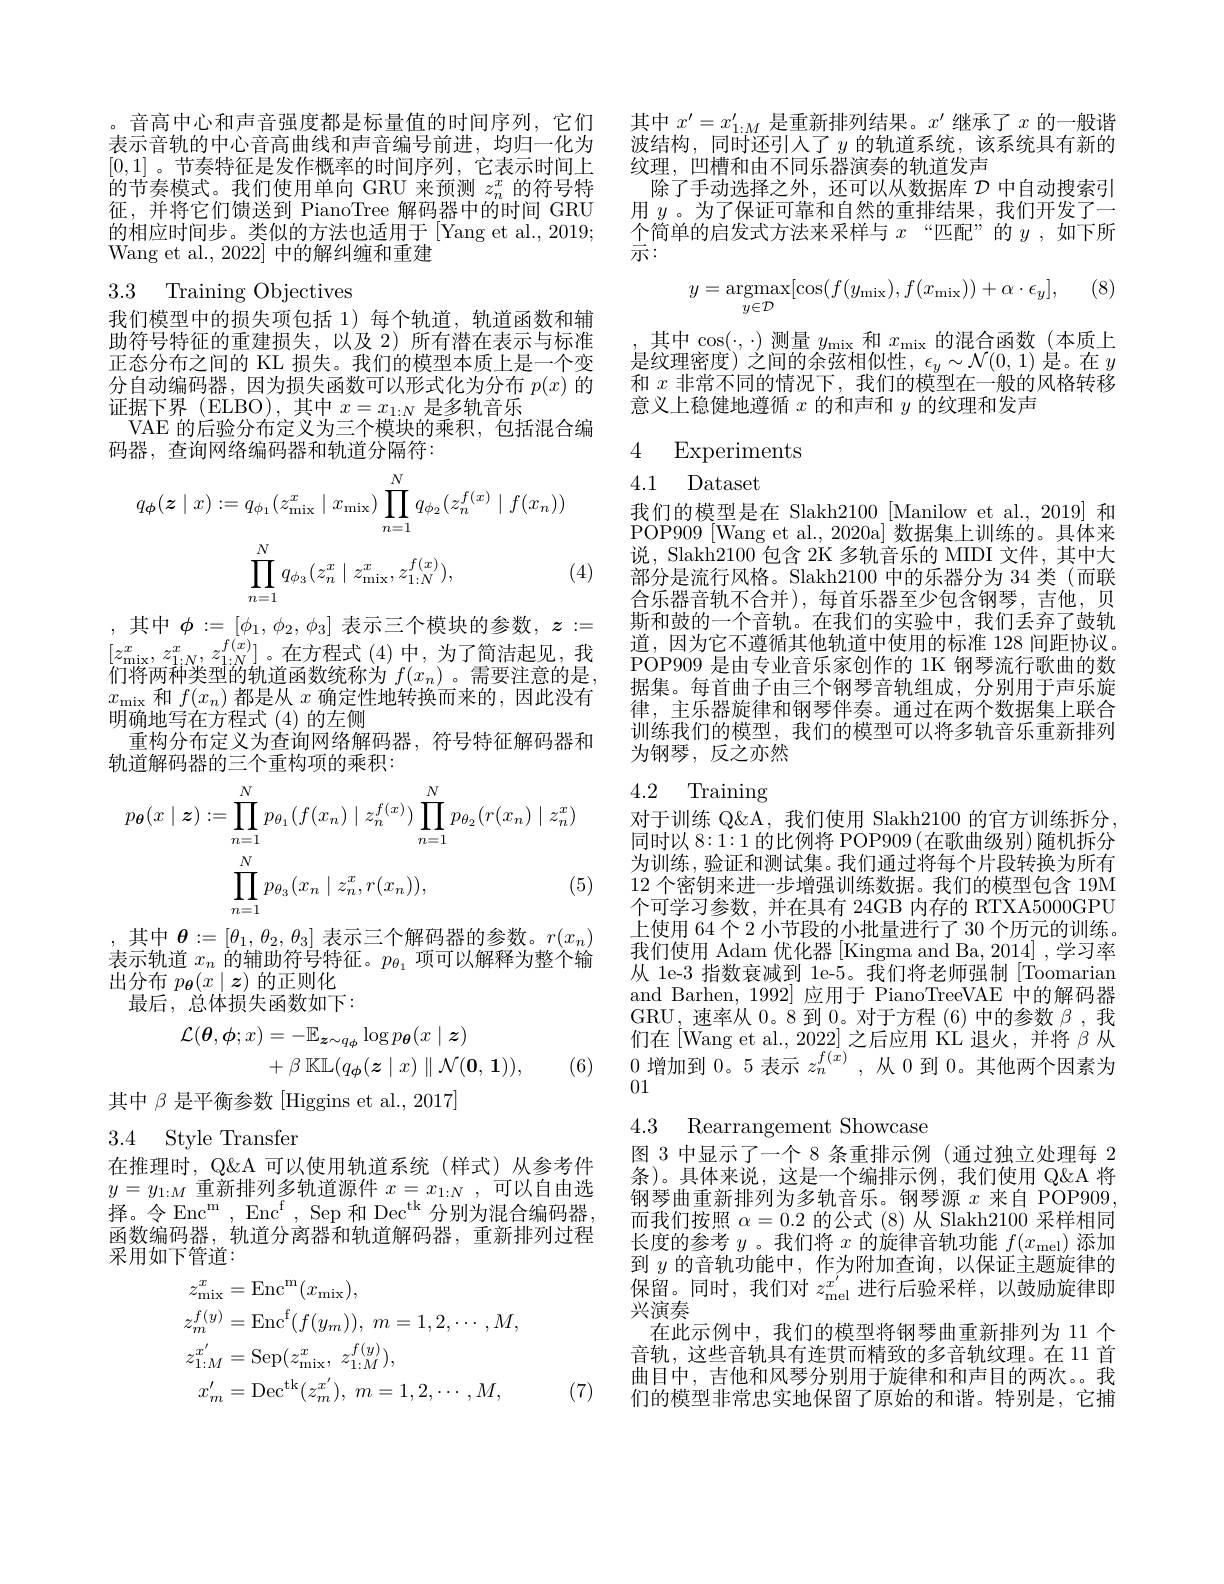
。音高中心和声音强度都是标量值的时间序列，它们表示音轨的中心音高曲线和声音编号前进，均归一化为[0,1] 。节奏特征是发作概率的时间序列，它表示时间上的节奏模式。我们使用单向 GRU 来预测$z_n^x$的符号特征，并将它们馈送到 PianoTree 解码器中的时间 GRU 的相应时间步。类似的方法也适用于[Yang et al., 2019; Wang et al., 2022] 中的解纠缠和重建

### 3.3 Training Objectives

我们模型中的损失项包括 1)每个轨道，轨道函数和辅助符号特征的重建损失，以及 2)所有潜在表示与标准正态分布之间的 KL 损失。我们的模型本质上是一个变分自动编码器，因为损失函数可以形式化为分布$p(x)$的证据下界(ELBO),其中$x=x_1:N$是多轨音乐
VAE 的后验分布定义为三个模块的乘积，包括混合编
码器，查询网络编码器和轨道分隔符：
$$q_\phi(z\mid x):=q_{\phi_1}(z_{\min}^x\mid x_{\min})\prod_{n=1}^Nq_{\phi_2}(z_n^{f(x)}\mid f(x_n))$$
$$\prod\limits_{n=1}^Nq_{\phi_3}(z_n^x\mid z_{\min}^x,z_{1:N}^{f(x)}),$$
(4)

,其中$\phi:=[\phi_1,\phi_2,\phi_3]$ 表示三个模块的参数$,z:=$ $[ z_{\mathrm{mix}}^{x}$, $z_{1: N}^{x}$, $z_{1: N}^{f( x) }]$。在方程式 (4)中，为了简洁起见，我们将两种类型的轨道函数统称为$f(x_n)$。需要注意的是， $\begin{array}{l}{x_{\mathrm{mix}}\text{ 和 }f(x_{n})\text{ 都是从 }x\text{ 确定性地转换而来的，因此没有}}\\{\text{明确地写在方程式 }(4)\text{ 的左侧}}\end{array}$
重构分布定义为查询网络解码器，符号特征解码器和
轨道解码器的三个重构项的乘积：
$$\begin{aligned}p_{\boldsymbol{\theta}}(x\mid\boldsymbol{z})&:=\prod_{n=1}^{N}p_{\theta_{1}}(f(x_{n})\mid z_{n}^{f(x)})\prod_{n=1}^{N}p_{\theta_{2}}(r(x_{n})\mid z_{n}^{x})\\&\prod_{n=1}^{N}p_{\theta_{3}}(x_{n}\mid z_{n}^{x},r(x_{n})),&\text{(5)}\end{aligned}$$
其中$\theta:=[\theta_1,\theta_2,\theta_3]$表示三个解码器的参数。$r(x_n)$ 表示轨道$x_n$的辅助符号特征。$p_\theta_1$项可以解释为整个输出分布$p_{\boldsymbol{\theta}}(x\mid\boldsymbol{z})$的正则化
最后，总体损失函数如下：
$$\begin{aligned}\mathcal{L}(\boldsymbol{\theta},\phi;x)&=-\mathbb{E}_{\boldsymbol{z}\sim q_{\phi}}\log p_{\boldsymbol{\theta}}(x\mid\boldsymbol{z})\\&+\beta\:\mathbb{KL}(q_{\phi}(\boldsymbol{z}\mid x)\parallel\mathcal{N}(\boldsymbol{0},\boldsymbol{1})),\end{aligned}$$
(6)

其中$\beta$是平衡参数 [Higgins et al., 2017]

3.4 Style Transfer

在推理时，Q$\&A可以使用轨道系统(样式)从参考件$ $y=y_{1:M}$重新排列多轨道源件$x=x_1:N$,可以自由选择。令 Enc$^\mathrm{m}$, Enc$^\mathrm{f}$, Sep 和 Dec$^\mathrm{tk}$分别为混合编码器， 函数编码器，轨道分离器和轨道解码器，重新排列过程采用如下管道：
$$\begin{aligned}z_{\mathrm{mix}}^{x}&=\mathrm{Enc}^{\mathrm{m}}(x_{\mathrm{mix}}),\\z_{m}^{f(y)}&=\mathrm{Enc}^{\mathrm{f}}(f(y_{m})),\:m=1,2,\cdots,M,\\z_{1:M}^{x^{\prime}}&=\mathrm{Sep}(z_{\mathrm{mix}}^{x},\:z_{1:M}^{f(y)}),\\x_{m}^{\prime}&=\mathrm{Dec}^{\mathrm{tk}}(z_{m}^{x^{\prime}}),\:m=1,2,\cdots,M,\end{aligned}$$
(7)

其中$x^\prime=x_{1:M}^{\prime}$是重新排列结果。$x^\prime$继承了$x$的一般谐波结构，同时还引人了$y$的轨道系统，该系统具有新的纹理，凹槽和由不同乐器演奏的轨道发声
除了手动选择之外，还可以从数据库$\mathcal{D}$中自动搜索引用$y$ 。为了保证可靠和自然的重排结果，我们开发了一$\frac{\bar{\text{个简单的启发式方法来采样与 }x}\text{“匹配”的 }y\mathrm{~,~如下所}}{\text{示：}}$
$$y=\underset{y\in\mathcal{D}}{\mathrm{argmax}}[\cos(f(y_{\mathrm{mix}}),f(x_{\mathrm{mix}}))+\alpha\cdot\epsilon_{y}],$$
其中$\cos(\cdot,\cdot)$测量$y_\mathrm{mix}$和$x_\mathrm{mix}$的混合函数(本质上是纹理密度)之间的余弦相似性，$\epsilon_y\sim\mathcal{N}(0,1)$是。在$y$ 和$x$非常不同的情况下，我们的模型在一般的风格转移意义上稳健地遵循$x$的和声和$y$的纹理和发声

4 Experiments

## 4.1 Dataset

我们的模型是在 Slakh2100[Manilow et al., 2019] 和POP909 [Wang et al., 2020a] 数据集上训练的。具体来说，Slakh2100 包含 2K 多轨音乐的 MIDI 文件，其中大部分是流行风格。Slakh2100 中的乐器分为 34 类 (而联合乐器音轨不合并),每首乐器至少包含钢琴，吉他，贝斯和鼓的一个音轨。在我们的实验中，我们丢弃了鼓轨道，因为它不遵循其他轨道中使用的标准 128 间距协议。POP909 是由专业音乐家创作的 1K 钢琴流行歌曲的数据集。每首曲子由三个钢琴音轨组成，分别用于声乐旋律，主乐器旋律和钢琴伴奏。通过在两个数据集上联合训练我们的模型，我们的模型可以将多轨音乐重新排列为钢琴，反之亦然

### 4.2 Training

对于训练 Q&A, 我们使用 Slakh2100 的官方训练拆分， 同时以8：1:1的比例将 POP909(在歌曲级别)随机拆分为训练，验证和测试集。我们通过将每个片段转换为所有12 个密钥来进一步增强训练数据。我们的模型包含 19M 个可学习参数，并在具有 24GB 内存的 RTXA5000GPU 上使用 64 个 2 小节段的小批量进行了 30 个历元的训练。我们使用 Adam 优化器 [Kingma and Ba, 2014] ,学习率从 1e-3 指数衰减到 1e-5。我们将老师强制|Toomarian and Barhen, 1992] 应用于 PianoTreeVAE 中的解码器GRU,速率从0。8 到0。对于方程 (6)中的参数$\beta$ ,我们在[Wang et al., 2022]之后应用 KL 退火，并将$\beta$从0增加到0。5 表示$z_n^f(x)$,从0到0。其他两个因素为01

4.3 Rearrangement Showcase

图 3 中显示了一个 8 条重排示例 (通过独立处理每 2条)。具体来说，这是一个编排示例，我们使用 Q&A 将钢琴曲重新排列为多轨音乐。钢琴源$x$来自 POP909, 而我们按照$\alpha=0.2$的公式(8)从 Slakh2100 采样相同长度的参考$y$ 。我们将$x$的旋律音轨功能$f(x_\mathrm{mel})$添加到$y$的音轨功能中，作为附加查询，以保证主题旋律的保留。同时，我们对$z_\mathrm{mel}^{x^{\prime}}$进行后验采样，以鼓励旋律即兴演奏
在此示例中，我们的模型将钢琴曲重新排列为 11 个音轨，这些音轨具有连贯而精致的多音轨纹理。在 11 首曲目中，吉他和风琴分别用于旋律和和声目的两次。。我们的模型非常忠实地保留了原始的和谐。特别是，它捕